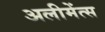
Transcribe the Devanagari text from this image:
अलीमेंत्स